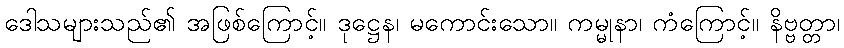
ဒေါသများသည်၏ အဖြစ်ကြောင့်။ ဒုဋ္ဌေန၊ မကောင်းသော။ ကမ္မုနာ၊ ကံကြောင့်။ နိဗ္ဗတ္တာ၊